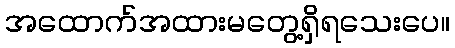
အထောက်အထားမတွေ့ရှိရသေးပေ။